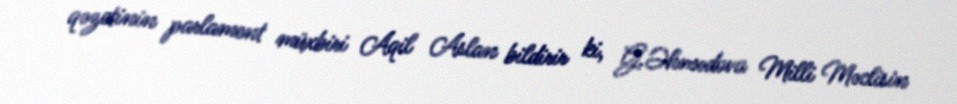
qəzetinin parlament müxbiri Aqil Aslan bildirir ki, G.Əhmədova Milli Məclisin